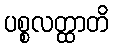
ပစ္စလတ္ထာတိ